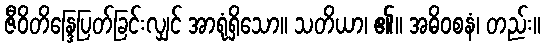
ဇီဝိတိန္ဒြေပြတ်ခြင်းလျှင် အာရုံရှိသော။ သတိယာ၊ ၏။ အဓိဝစနံ၊ တည်း။